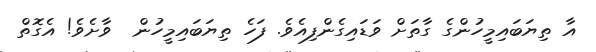
އާ ތިޔަބައިމީހުންގެ ގާތަށް ވަޑައިގެންފިއެވެ. ފަހެ ތިޔަބައިމީހުން  ވާށެވެ! އެގޮތް